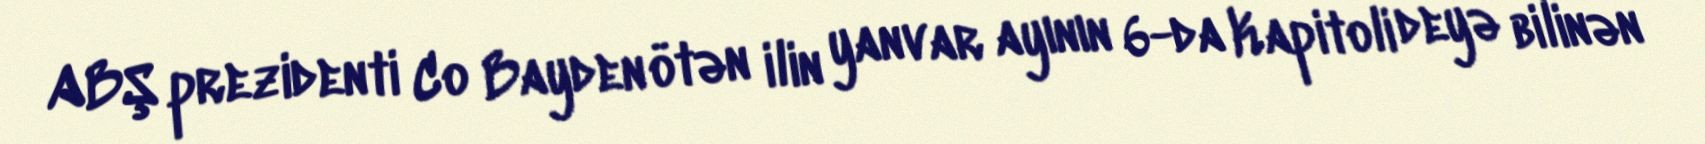
ABŞ prezidenti Co Bayden ötən ilin yanvar ayının 6-da Kapitoli deyə bilinən